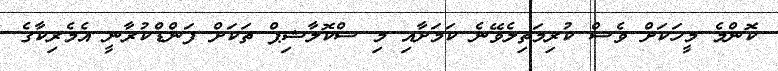
ކޮންމެ މީހަކަށް ވެސް ކުރިމަތިލެވޭނެ ކަމަށާއި މި ސްކޮލާޝިޕް ތަކަށް ފަންޑްކުރާނީ އެމެރިކާގެ